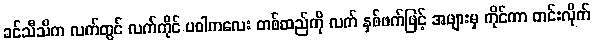
ခင်သီသီက လက်တွင် လက်ကိုင် ပဝါကလေး တစ်ထည်ကို လက် နှစ်ဖက်ဖြင့် အဖျားမှ ကိုင်ကာ တင်းလိုက်